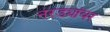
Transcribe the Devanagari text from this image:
नरड्यांवर